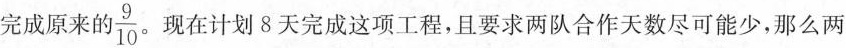
完成原来的\frac{9}{10}。现在计划8天完成这项工程，且要求两队合作天数尽可能少，那么两